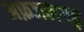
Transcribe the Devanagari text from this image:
अफ़जलगढ़